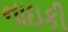
નાઇકી